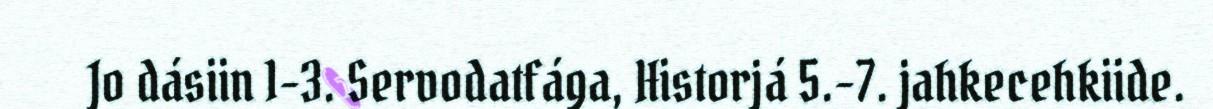
Jo dásiin 1-3. Servodatfága, Historjá 5.-7. jahkecehkiide.